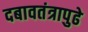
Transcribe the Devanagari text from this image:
दबावतंत्रापुढे